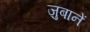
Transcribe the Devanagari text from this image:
ज़ुबानें